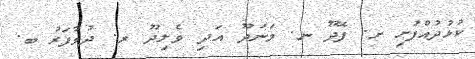
ކުޅުދުއްފުށި ށ. ފޭދޫ ނ. މަނަދޫ އަދި ވެލިދޫ ރ. ދުވާފަރު ބ.